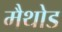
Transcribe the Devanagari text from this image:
मैथोड